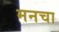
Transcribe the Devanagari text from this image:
मनचा